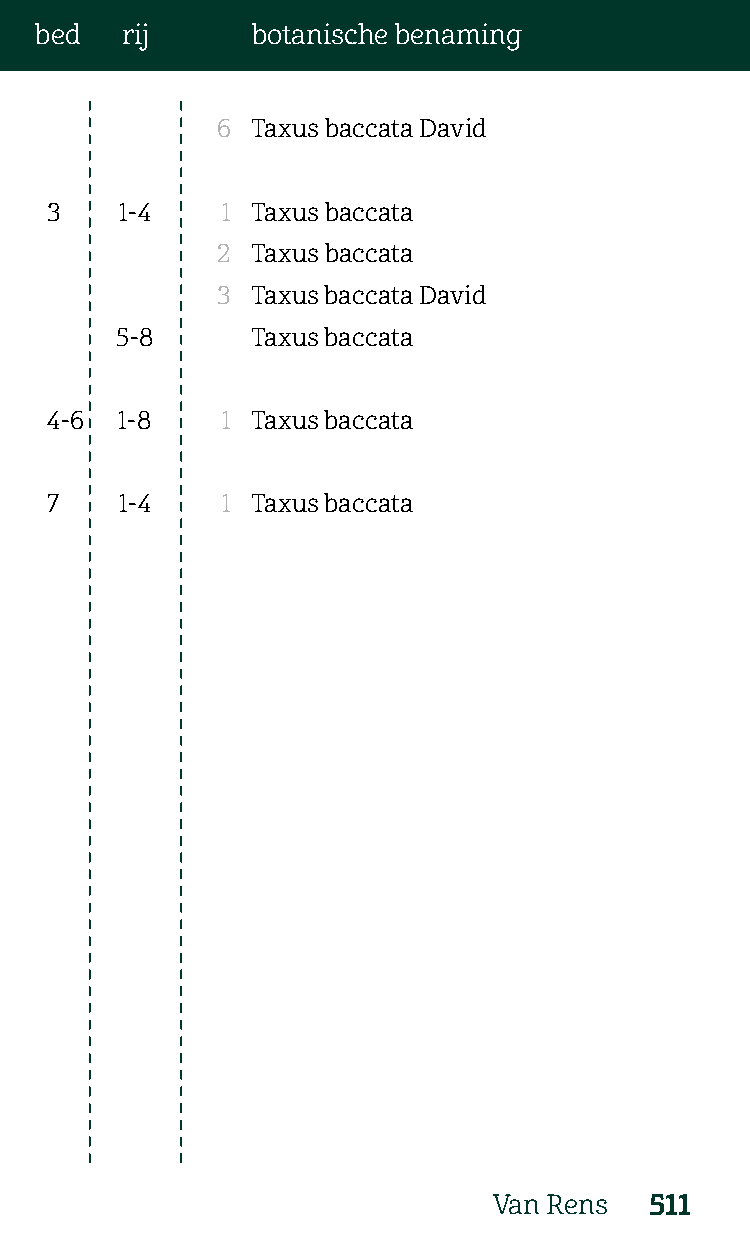
bed   rij      botanische benaming
 6  Taxus baccata David
 3    1-4    1 Taxus baccata
 2  Taxus baccata
 3  Taxus baccata David
 5-8      Taxus baccata
 4-6  1-8    1 Taxus baccata
 7    1-4    1 Taxus baccata
 Van Rens  511